NAE_Eesti_seltside_protokollid_1900-1917, lk 77
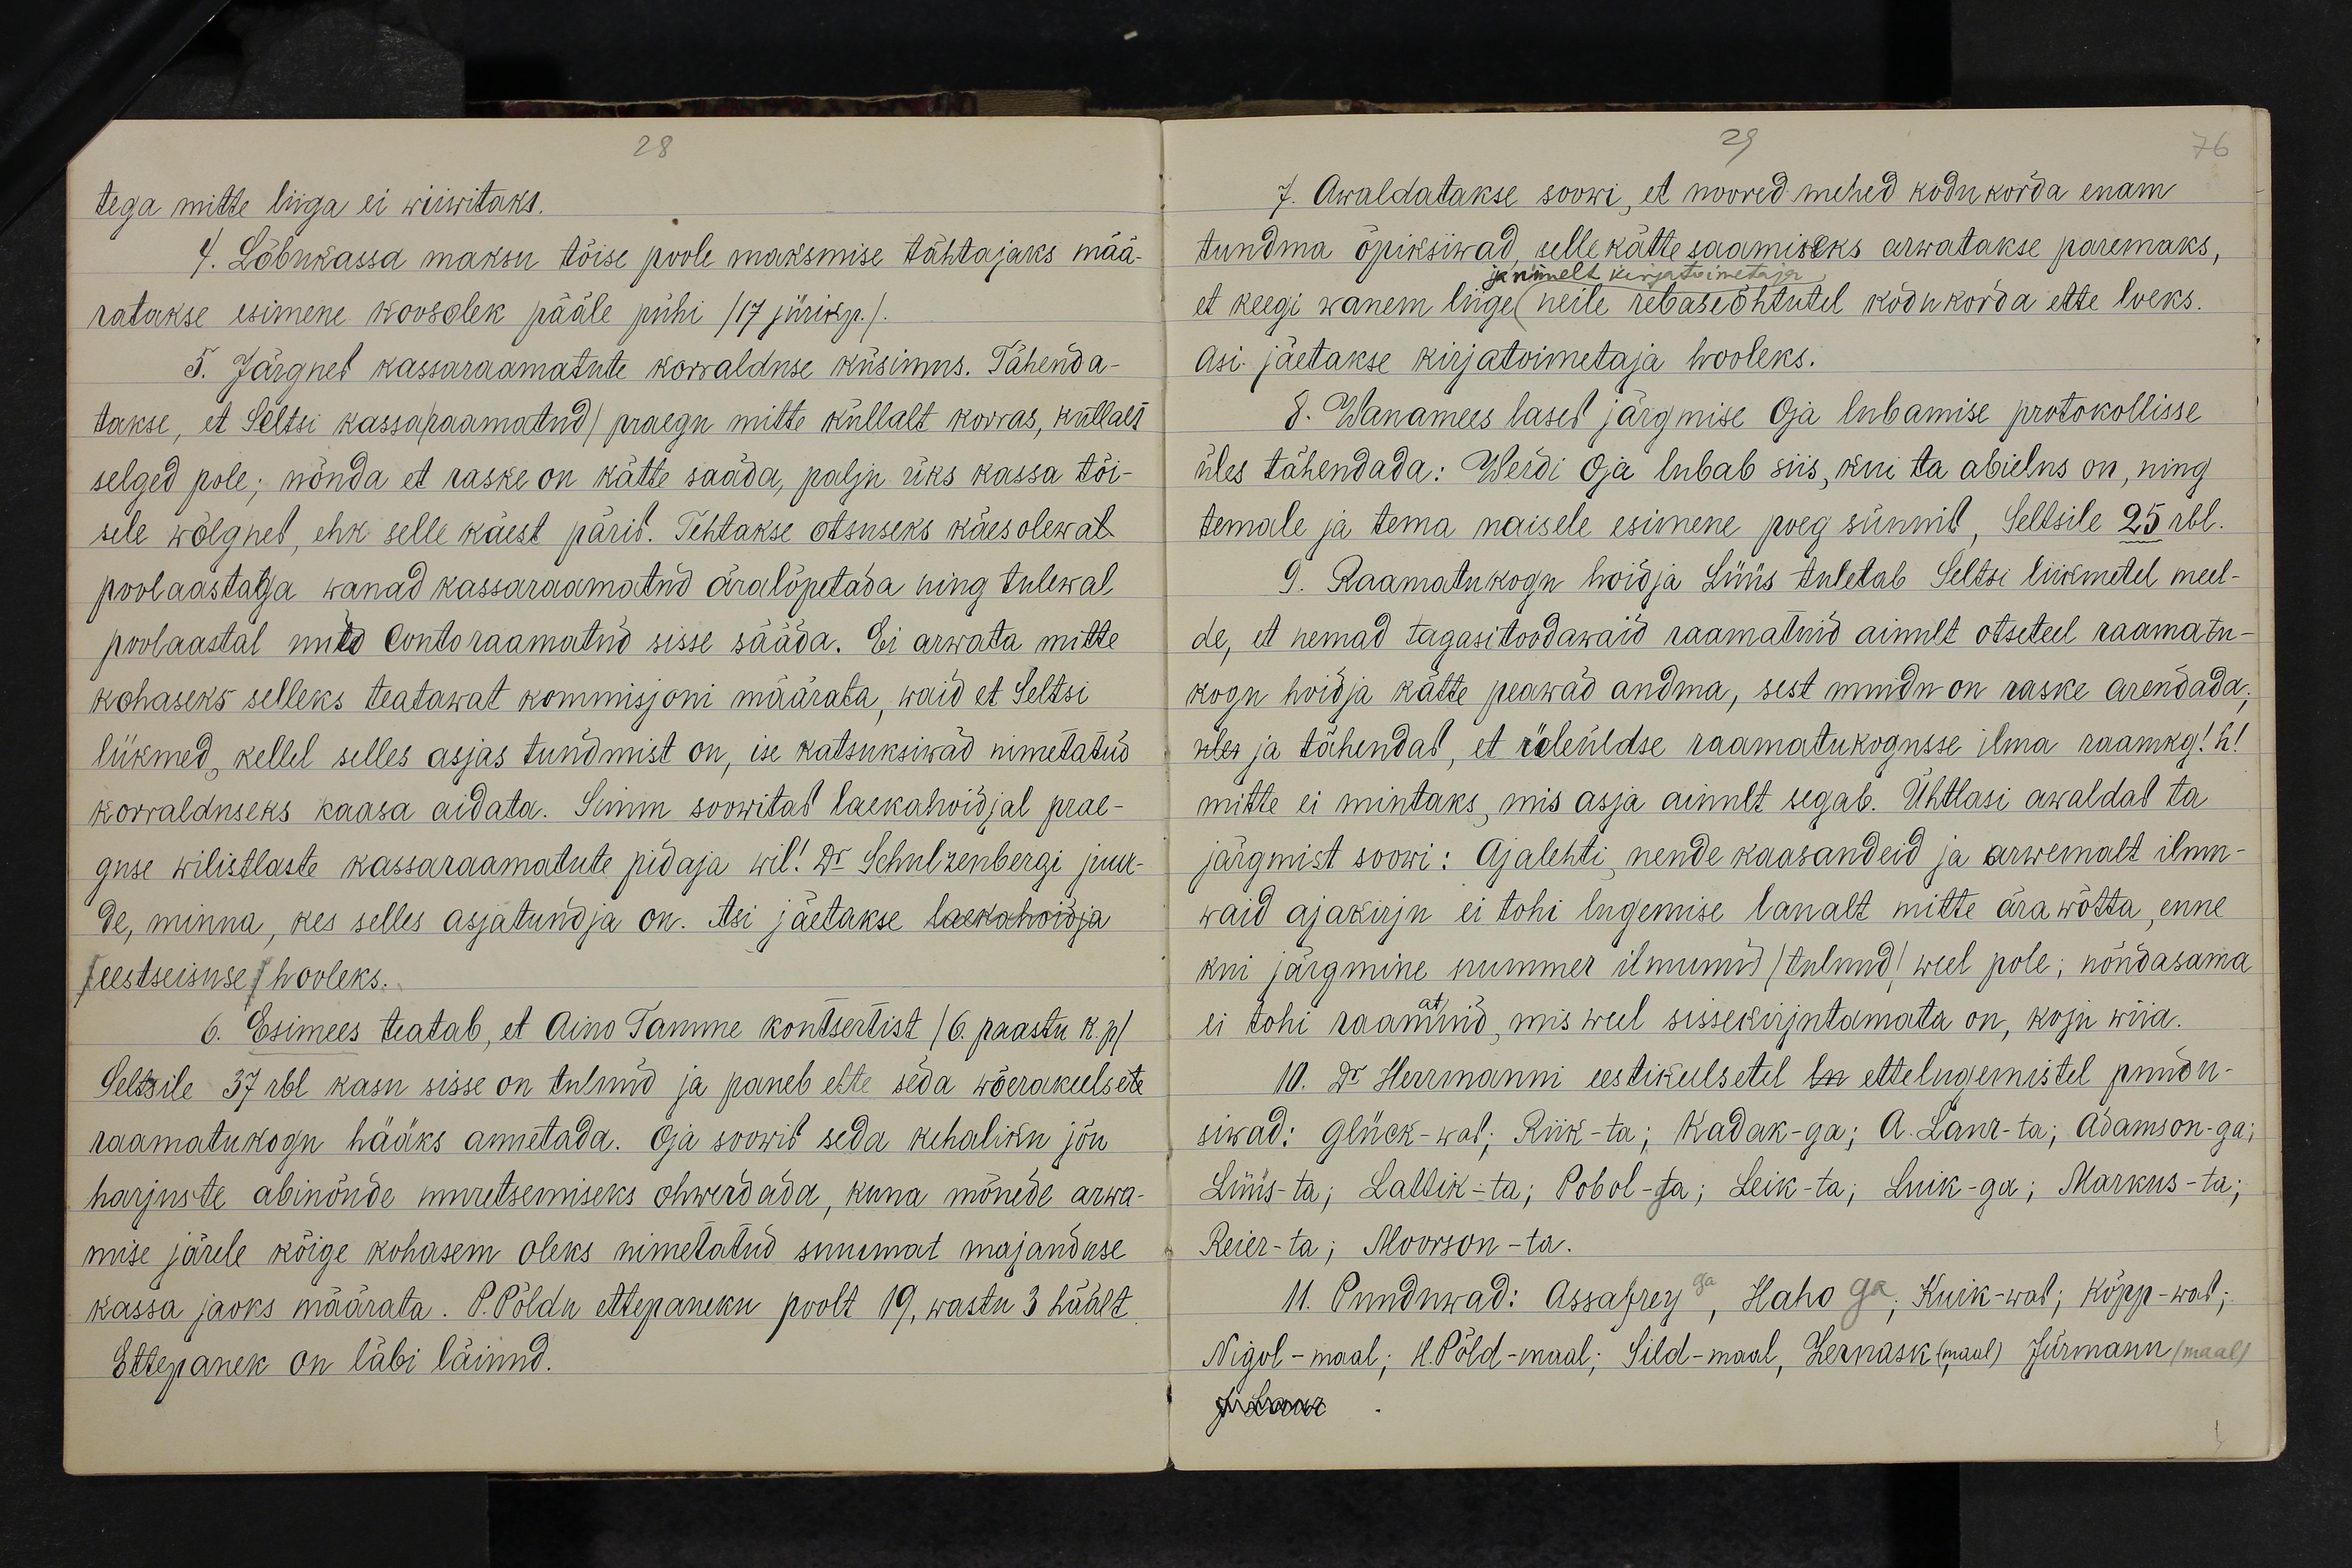
tega mitte liiga ei wiiwitaks.
4. Lõbukassa maksu tõise poole maksmise tähtajaks mää-
ratakse esimene koosolek pääle pühi /17 jürikp./.
5. Järgneb kassaraamatute korralduse küsimus. Tähenda-
takse, et Seltsi kassaraamatud/ praegu mitte küllalt korras, küllalt
selged pole; nõnda et raske on kätte saada, palju üks kassa tõi-
sile wõlgneb, ehk selle käest pärib. Tehtakse otsuseks käesolewat
poolaastaga wanad kassaraamatud äralõpetada ning tulewal
poolaastal uued Contoraamatud sisse sääda. Ei arwata mitte
kohaseks selleks teatawat kommisjoni määrata, waid et Seltsi
liikmed, kellel selles asjas tundmist on, ise katsuksiwad nimetatud
korralduseks kaasa aidata. Simm soowitab laekahoidjal prae-
guse wilistlaste kassaraamatute pidaja wil! Dr Schulzenbergi juur-
de, minna, kes selles asjatundja on. Asi jäetakse laekahoidja
/eestseisuse/ hooleks.
6. Esimees teatab, et Aino Tamme kontsertist /6. paastu k.p/
Seltsile 37 rbl kasu sisse on tulnud ja paneb ette seda wõerakeelsete
raamatukogu hääks annetada. Oja soowib seda kehaliku jõu
harjuste abinõude muretsemiseks ohwerdada, kuna mõnede arwa-
mise järele kõige kohasem oleks nimetatud summat majanduse
kassa jaoks määrata. P.Põldu ettepaneku poolt 19, wastu 3 häält.
Ettepanek on läbi läinud.

7. Awaldatakse soowi, et noored mehed kodu korda enam
tundma õpiksiwad selle kätte saamiseks arwatakse paremaks,
ja nimelt kirjatoimetaja
et keegi vanem liige neile rebaseõhtutel kodukorda ette loeks.
asi jäetakse kirjatoimetaja hooleks.
8. Wanamees laseb järgmise Oja lubamise protokollisse
üles tähendada: Werdi Oja lubab siis, kui ta abielus on, ning
temale ja tema naisele esimene poeg sünnib, Seltsile 25 rbl.
9. Raamatukogu hoidja Lüüs tuletab Seltsi liikmetel meel
de, et nemad tagasitoodawaid raamatuid ainult otseteel raamatu-
kogu hoidja kätte peawad andma, sest muidu on raske arendada;
üles ja tähendas, et üleüldse raamatukogusse ilma raamkg!h!
mitte ei mintaks, mis asja ainult segab. Ühtlasi awaldab ta
järgmist soowi: Ajalehti, nende kaasandeid ja arwemalt ilmu-
waid ajakirju ei tohi lugemise laualt mitte ärawõtta, enne
kui järgmine nummer ilmunud /tulnud/ weel pole; nõndasama
ei tohi raammd, mis weel sissekirjutamata on, koju wiia.
10. Dr Herrmanni eestikeelsetel lu ettelugemistel puudu-